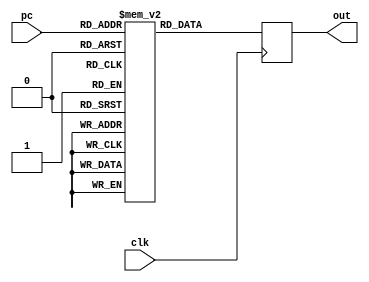
module instructionmemory(
	input clk, 
	input[9:0] pc, 
	output reg[31:0] out
);

// Tamanho da memória do programa, 1k words	
reg [31:0] instructionMemory [0:999];

initial begin

	/*
	- s0 a s7, 0 a 7 
	- t0 a t7, 8 a 15
	- s0 será usado para o offset 0
	
	lw $s1, 1000($s0) // carrega A no s1
	lw $s2, 1001($s0) // carrega B no s2
	lw $s3, 1002($s0) // carrega C no s3
	lw $s4, 1003($s0) // carrega D no s4
	lw	$s5, 2000($s0) // carrega endereço da última posição de memória em s5
	
	mul $t0, $s1, $s2
	add $t1, $s3, $s4
	sub $t2, $t0, $t1
	
	sw $t2, 0($s5)
	*/
	
	//								  grupo+1  rs    rt       offset
	instructionMemory[0] = 32'b000010_00000_00001_0001000000000000; //lw $s1, 1000($s0) // carrega A no s1
	instructionMemory[1] = 32'b000010_00000_00010_0001000000000001; //lw $s2, 1001($s0) // carrega B no s2
	
	instructionMemory[2] = 32'b000010_00000_00011_0001000000000010; //lw $s3, 1002($s0) // carrega C no s3 
	instructionMemory[3] = 32'b000010_00000_00100_0001000000000011; //lw $s4, 1003($s0) // carrega D no s4
	
	
	
	instructionMemory[4] = 32'b000001_00000_00000_0000000000011111;//NOP
	
	//								  grupo    rs    rt    rd     10    val
	instructionMemory[5] = 32'b000001_00001_00010_01000_00000_110010;//mul $t0, $s1, $s2 
	
	
	instructionMemory[6] = 32'b000001_00000_00000_0000000000011111;//NOP
	
	
	instructionMemory[7] = 32'b000001_00011_00100_01001_00000_100000;//add $t1, $s3, $s4

	
	instructionMemory[8] = 32'b000001_00000_00000_0000000000011111;//NOP
	instructionMemory[9] = 32'b000001_00000_00000_0000000000011111;//NOP
	instructionMemory[10] = 32'b000001_00000_00000_0000000000011111;//NOP
	
	instructionMemory[11] = 32'b000001_01000_01001_01010_00000_000000;//sub $t2, $t0, $t1 
	
	
		
	//								  grupo+2  rs    rt       offset
	instructionMemory[13] = 32'b000011_00110_01010_00000000000000000; 
	

end

always @ (posedge clk) 
	out = instructionMemory[pc];
endmodule